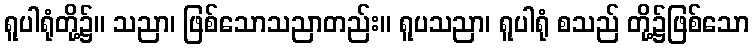
ရူပါရုံတို့၌။ သညာ၊ ဖြစ်သောသညာတည်း။ ရူပသညာ၊ ရူပါရုံ စသည် တို့၌ဖြစ်သော